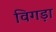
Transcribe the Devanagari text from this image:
विगड़ा